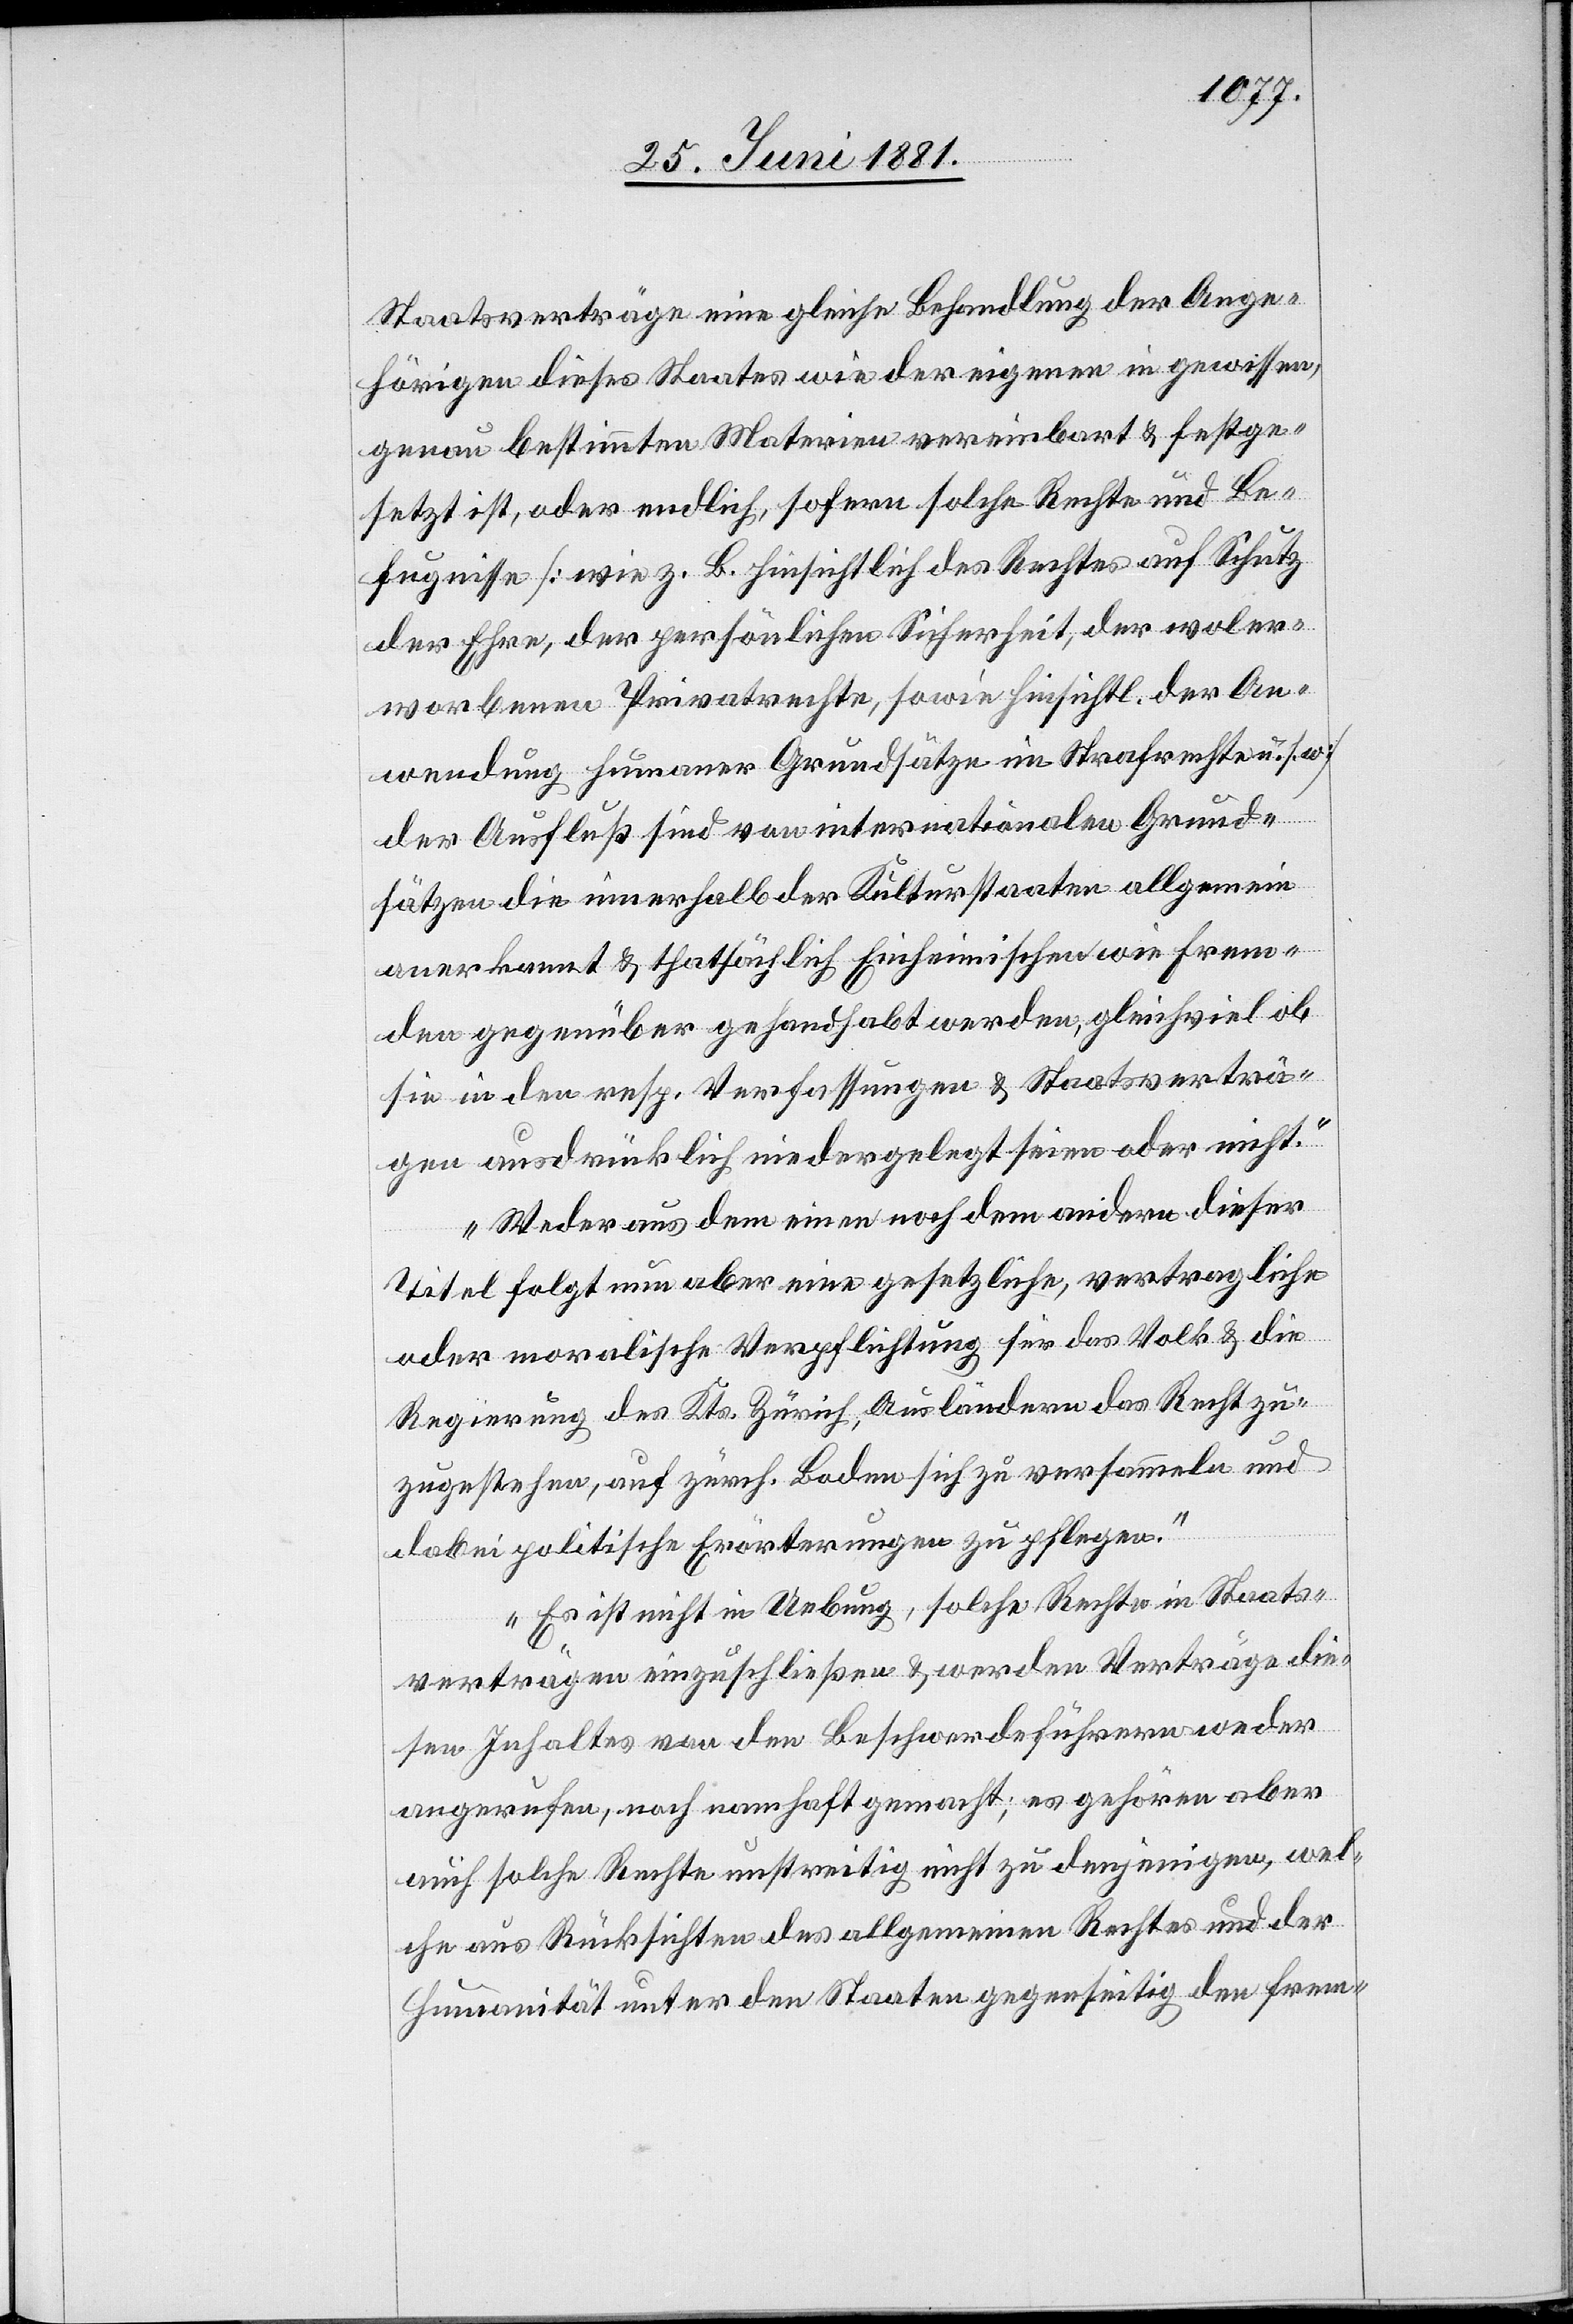
Staatsverträge eine gleiche Behandlung der Ange¬
hörigen dieses Staates wie der eigenen in gewissen,
genau bestimmten Materien vereinbart & festge¬
setzt ist, oder endlich, sofern solche Rechte und Be¬
fugnisse [wie z. B. hinsichtlich des Rechtes auf Schutz
der Ehre, der persönlichen Sicherheit, der woler¬
worbenen Privatrechte, sowie hinsichtl. der An¬
wendung humaner Grundsätze im Strafrechte u. s.
der Ausfluß sind von internationalen Grund¬
sätzen die innerhalb der Kulturstaaten allgemein
anerkannt & thatsächlich Einheimischen wie Frem¬
den gegenüber gehandhabt werden, gleichviel ob
sie in den resp. Verfassungen & Staatsverträ¬
gen ausdrücklich niedergelegt seien oder nicht.
Weder aus dem einen noch dem andern dieser
Titel folgt nun aber eine gesetzliche, vertragliche
oder moralische Verpflichtung für das Volk & die
Regierung des Kts. Zürich, Ausländern das Recht zu¬
zugestehen, auf zürch. Boden sich zu versammeln und
dabei politische Erörterungen zu pflegen.
Es ist nicht in Uebung, solche Rechte in Staats¬
verträgen einzuschließen & werden Verträge die¬
sen Inhaltes von den Beschwerdeführern weder
angerufen, noch namhaft gemacht; es gehören aber
auch solche Rechte unstreitig nicht zu denjenigen, wel¬
che aus Rücksichten des allgemeinen Rechtes und der
Humanität unter den Staaten gegenseitig den Frem-